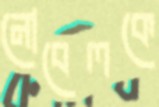
নোবেলকে